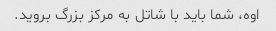
اوه، شما باید با شاتل به مرکز بزرگ بروید.